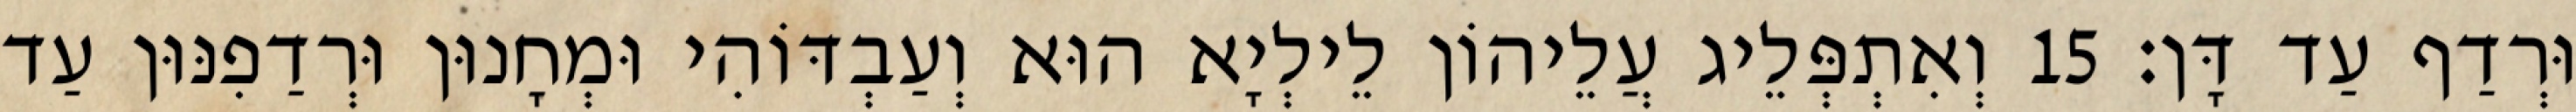
וּרְדַף עַד דָּן׃ 15 וְאִתְפְּלֵיג עֲלֵיהוֹן לֵילְיָא הוּא וְעַבְדּוֹהִי וּמְחָנוּן וּרְדַפִנּוּן עַד